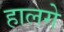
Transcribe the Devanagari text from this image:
हालगे